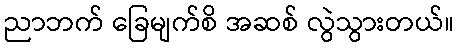
ညာဘက် ခြေမျက်စိ အဆစ် လွဲသွားတယ်။